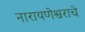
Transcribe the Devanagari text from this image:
नारायणेश्वराचे